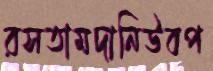
রসতামদানিউবপ